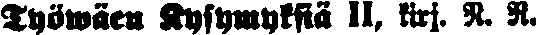
Työwäen Kysymyksiä 11, kirj. R. R.